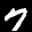
Label: 7